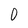
Character: 0